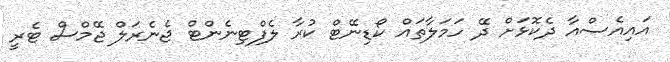
އައިއެސްއާ ދެކޮޅަށް ދޭ ހަމަލާތައް ކޯޑިނޭޓް ކުރާ ލެފްޓިނެންޓް ޖެނެރަލް ޖޭމްސް ޓެރީ